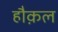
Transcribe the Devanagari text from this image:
हौक़ल